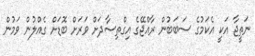
ނަތީޖާ އަކީ އެކަމުގެ ސަބަބުން ރާއްޖޭގެ އިގްތިސާދަަށް ވަރަށް ބޮޑަށް ގެއްލުން ވަމުން